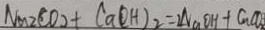
N a 2 C O _ { 2 } + C a ( O H ) _ { 2 } = 2 N a O H + C u C O _ { 2 }